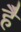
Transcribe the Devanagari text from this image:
है॓